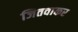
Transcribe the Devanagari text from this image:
जितवाकर